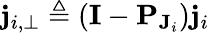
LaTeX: \mathbf{j}_{i,\perp}\triangleq\left(\mathbf{I}-\mathbf{P}_{\mathbf{J}_{i}}\right)\mathbf{j}_{i}